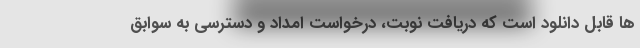
ها قابل دانلود است که دریافت نوبت، درخواست امداد و دسترسی به سوابق